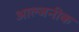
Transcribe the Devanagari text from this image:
आल्जनीक